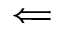
\Longleftarrow